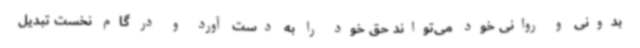
بدونی و روانی خود می‌تواند حق خود را به دست آورد و در گام نخست تبدیل